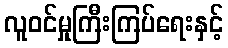
လူဝင်မှုကြီးကြပ်ရေးနှင့်